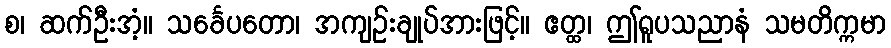
စ၊ ဆက်ဦးအံ့။ သင်္ခေပတော၊ အကျဉ်းချုပ်အားဖြင့်။ ဧတ္ထ၊ ဤရူပသညာနံ သမတိက္ကမာ